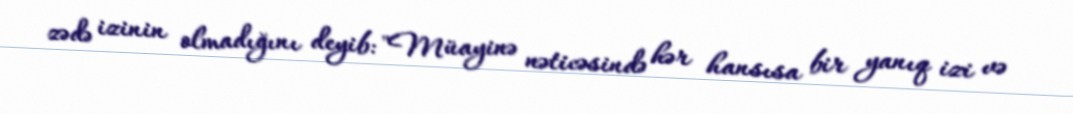
zədə izinin olmadığını deyib: "Müayinə nəticəsində hər hansısa bir yanıq izi və